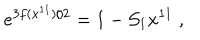
e ^ { 3 f ( x ^ { 1 1 } ) / 2 } = 1 - { \cal S } _ { 1 } x ^ { 1 1 } \; ,